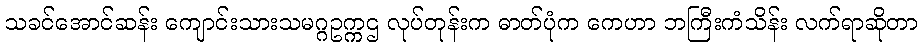
သခင်အောင်ဆန်း ကျောင်းသားသမဂ္ဂဥက္ကဌ လုပ်တုန်းက ဓာတ်ပုံက ကေဟာ ဘကြီးကံသိန်း လက်ရာဆိုတာ